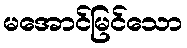
မအောင်မြင်သော